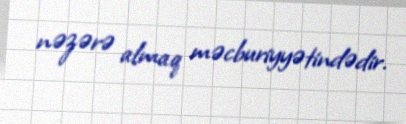
nəzərə almaq məcburiyyətindədir.